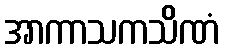
အာကာသကသိဏံ